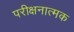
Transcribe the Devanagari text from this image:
परीक्षनात्मक